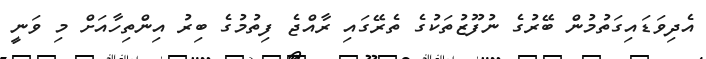
އެދިވަޑައިގަތުމުން ބޭރުގެ ނުފޫޒުތަކުގެ ތެރޭގައި ރާއްޖެ ފިތުމުގެ ބިރު އިންތިހާއަށް މި ވަނީ